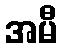
အမီ